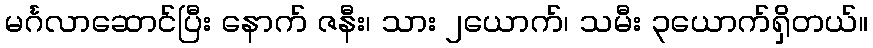
မင်္ဂလာဆောင်ပြီး နောက် ဇနီး၊ သား ၂ယောက်၊ သမီး ၃ယောက်ရှိတယ်။